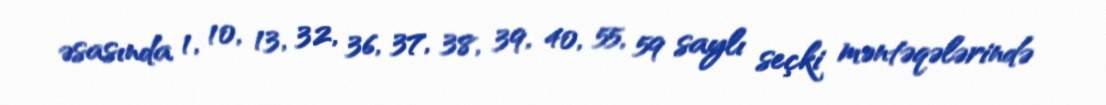
əsasında 1, 10, 13, 32, 36, 37, 38, 39, 40, 55, 59 saylı seçki məntəqələrində